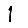
Digit: 1